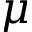
\mu